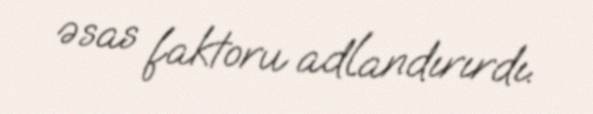
əsas faktoru adlandırırdı.